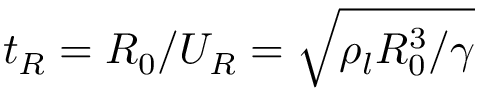
t _ { R } = R _ { 0 } / U _ { R } = \sqrt { \rho _ { l } R _ { 0 } ^ { 3 } / \gamma }